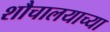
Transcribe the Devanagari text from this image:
शौचालयाच्या